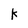
Character: K